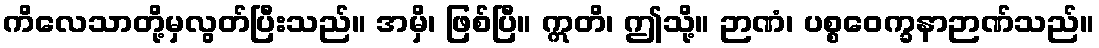
ကိလေသာတို့မှလွတ်ပြီးသည်။ အမှိ၊ ဖြစ်ပြီ။ ဣတိ၊ ဤသို့။ ဉာဏံ၊ ပစ္စဝေက္ခနာဉာဏ်သည်။